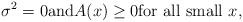
LaTeX: \begin{align*}\sigma^{2}=0\mbox{and}A(x)\ge0 \mbox{for all small }x,\end{align*}